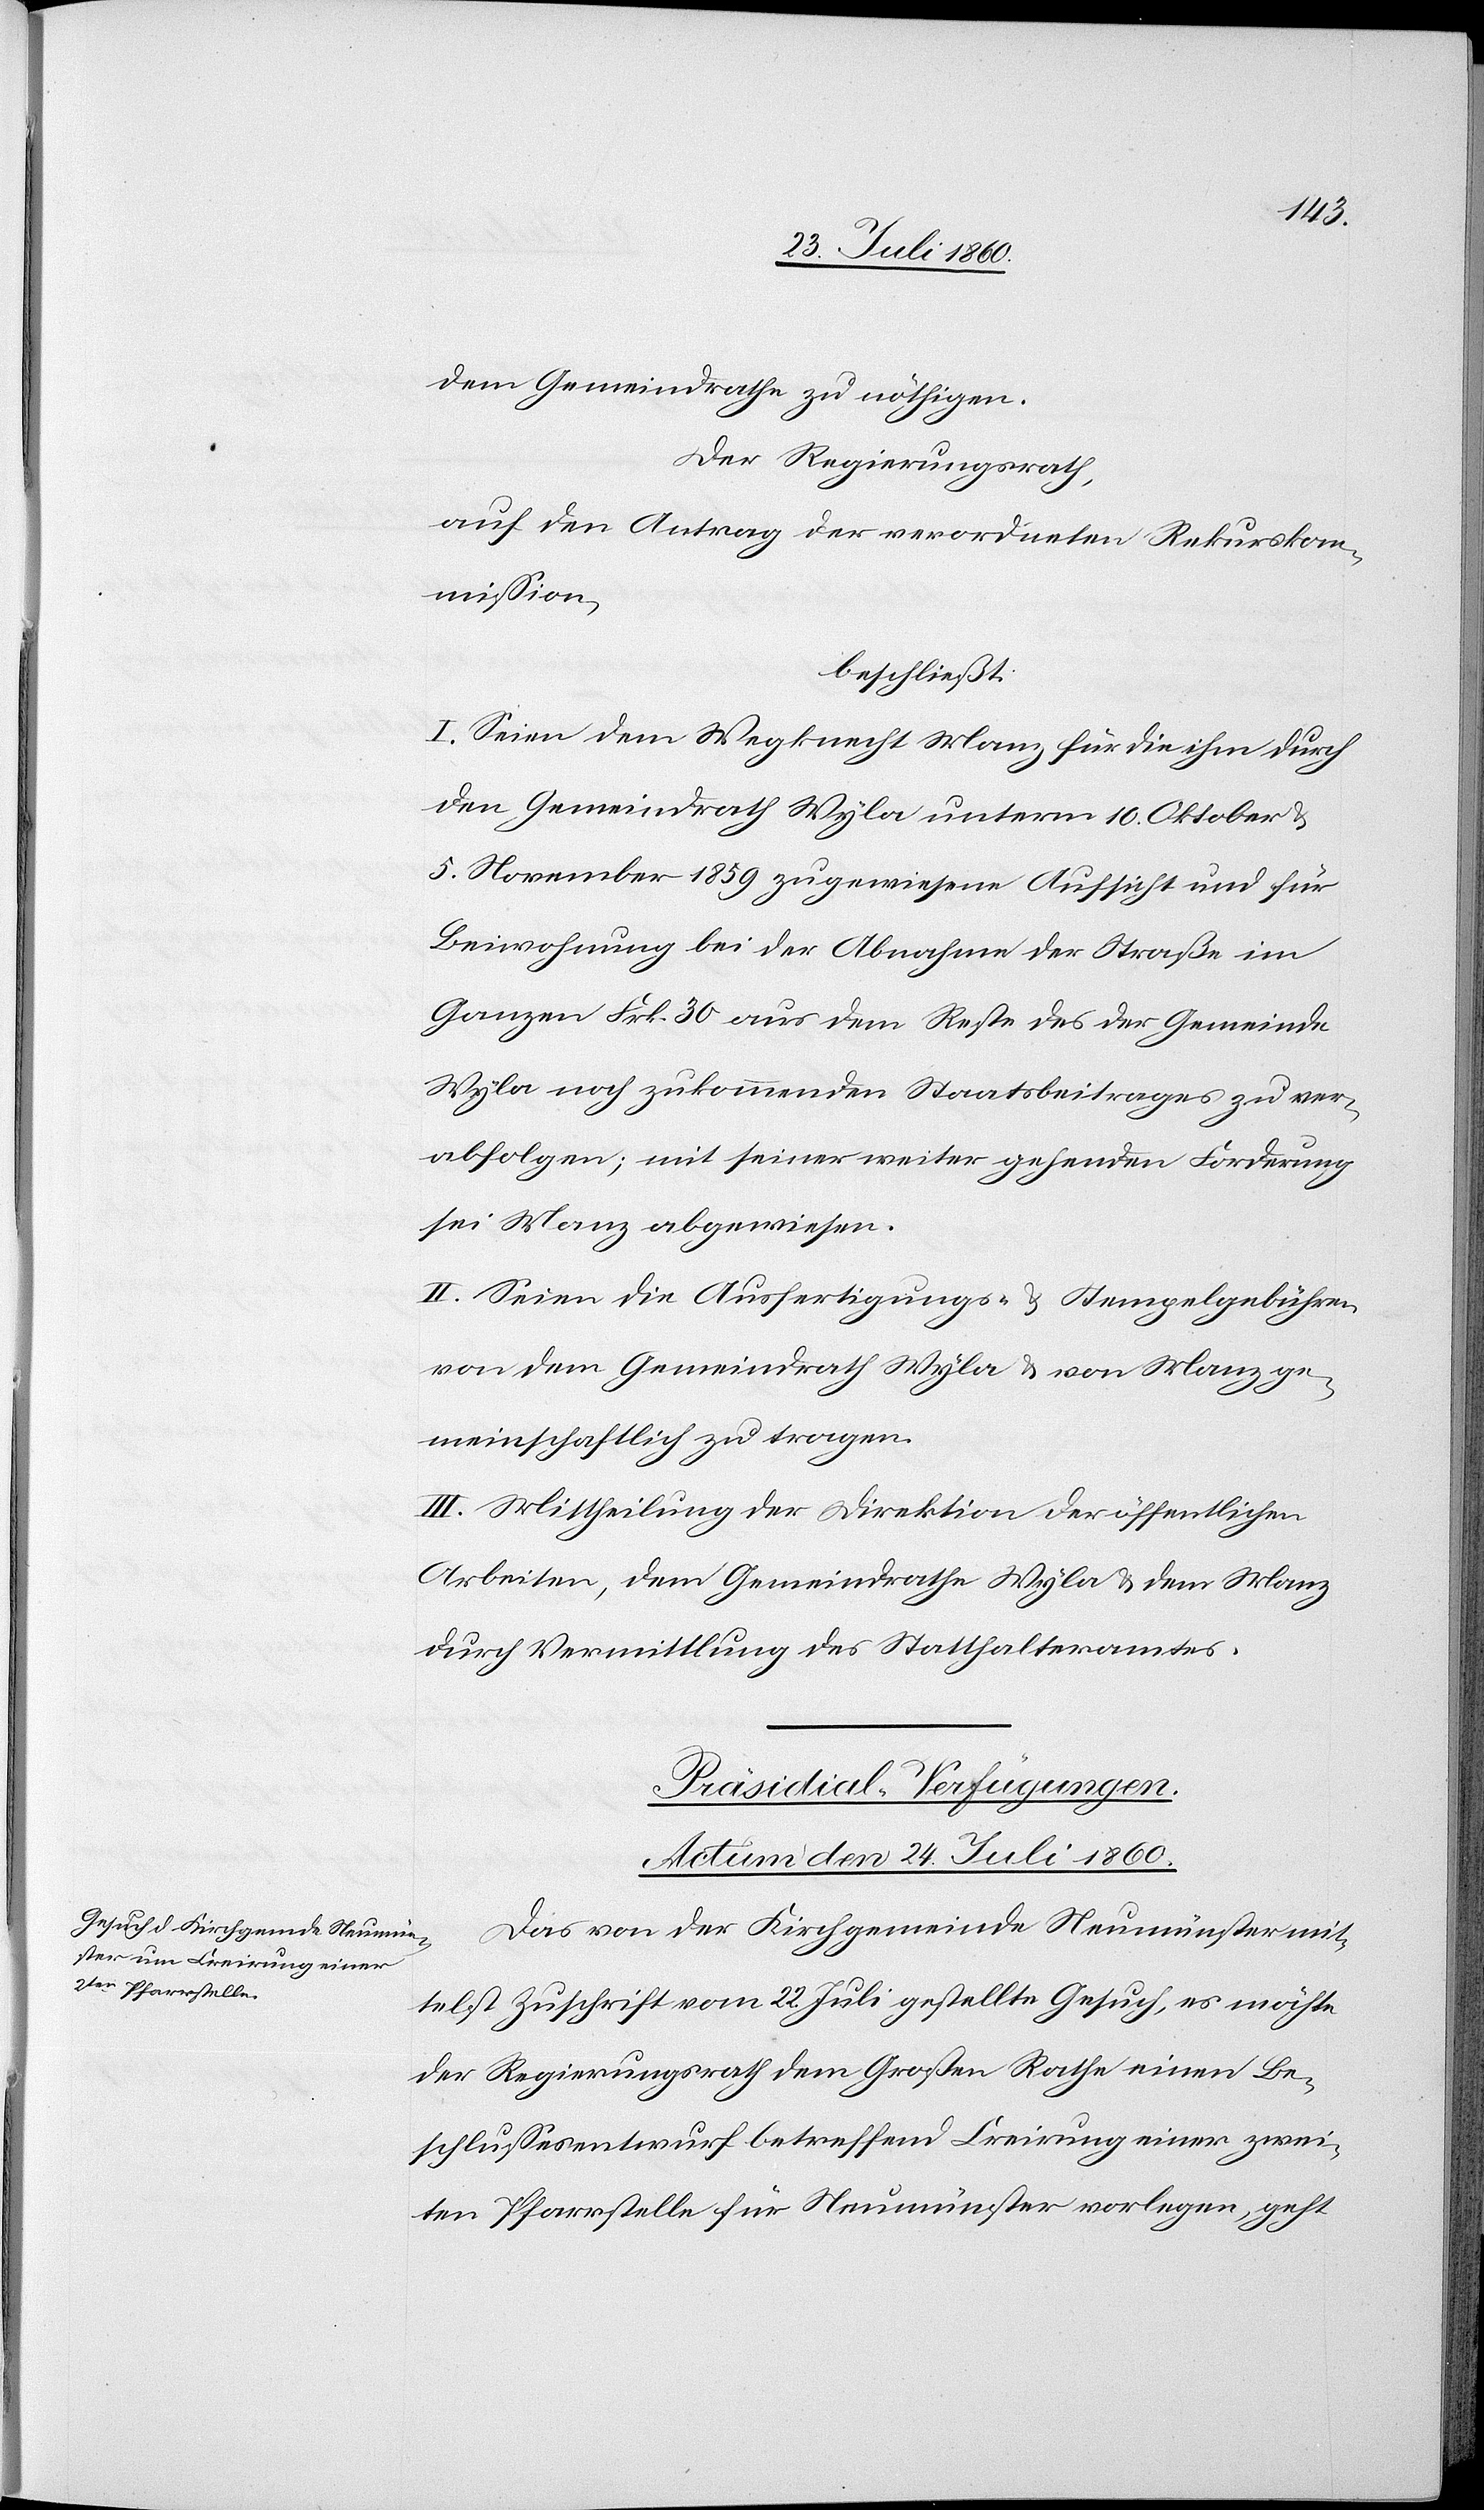
dem Gemeindrathe zu nöthigen.
Der Regierungsrath,
auf den Antrag der verordneten Rekurskom¬
mission,
beschliesst.
I. Seien dem Wegknecht Manz für die ihm durch
den Gemeindrath Wyla unterm 10. Oktober und
5t November 1859 zugewiesene Aufsicht und für
Beiwohnung bei der Abnahme der Strasse im
Ganzen fcs. 30 aus dem Reste des der Gemeinde
Wyla noch zukommenden Staatsbeitrages zu ver¬
abfolgen; mit seiner weiter gehenden Forderung
sei Manz abgewiesen.
II. Seien die Ausfertigungs- u. Stempelgebühren
von dem Gemeindrath Wyla und von Manz ge¬
meinschaftlich zu tragen.
III. Mittheilung der Direktion der öffentlichen
Arbeiten, dem Gemeindrathe Wyla und dem Manz
durch Vermittlung des Statthalteramtes.
Präsidial-Verfügungen.
Actum den 24. Juli 1860.
Das von der Kirchgemeinde Neumünster mit¬
telst Zuschrift vom 22. Juli gestellte Gesuch, es möchte
der Regierungsrath dem Grossen Rathe einen Be¬
schlussesentwurf betreffend Creirung einer zwei¬
ten Pfarrstelle für Neumünster verlangen, geht